Report on sanitation, dispensaries, and jails in Rajputana for 1910, and on vaccination for the year 1910-1911 - 1910-1911
Year: 1910
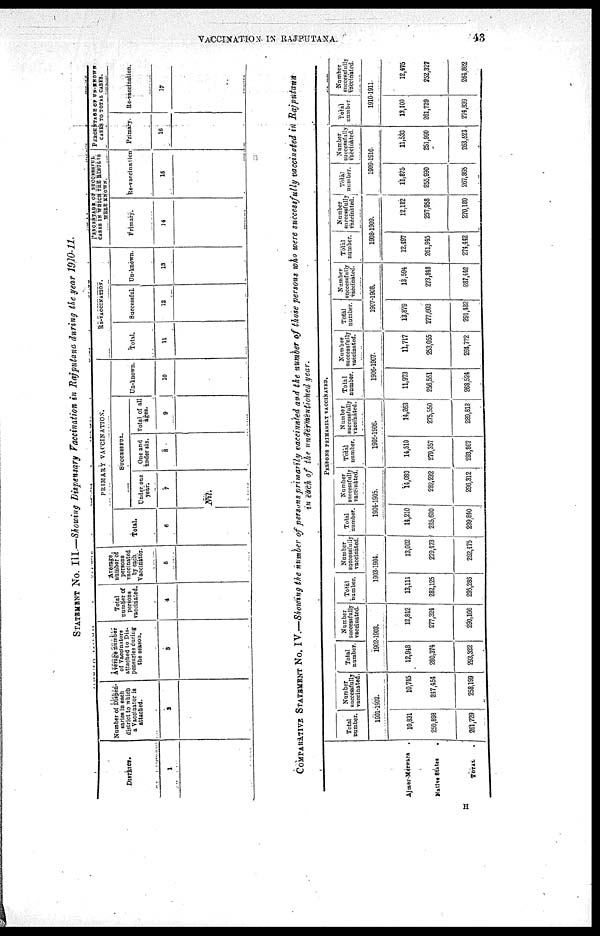
VACCINATION- IN RAJPUTANA.
43
STATEMENT No. III.—Showing Dispensary Vaccination in Rajputana during the year 1910-11.
DISTRICT.
1
Number of Dispen¬
sarles in each
district to which
a Vaccinator it
attached.
2
Average number
of Vaccinators
attached to Dis¬
pensaries during
the season.
3
Total
number of
persons
vaccinated.
4
Average.
number of
persons
vaccinated
by each
Vaccinator.
5
PRIMARY VACCINATION.
Total.
6
SUCCESSFUL.
Under one
year.
7
Nil.
One and
under six.
8
Total of all
ages.
9
Un-known.
10
RE-VACCINATION.
Total.
11
Successful.
12
Un-known.
13
PERCENTAGE OF SUCCESSFUL
CASES IN WHICH THE RESULT
WERE KNOWN.
Primary.
14
Re-vaccination
15
PERCENTAGE OF UN-KNOWN
CASES TO TOTAL CASES.
Primary.
16
Re-vaccination.
17
COMPATATIVE STATEMENT No. IV.—Showing the number of persons primarily vaccinated and the number of those persons who were successfully vaccinated in Rajputana
in each of the undermentioned year.
Ajmer-Merwara
Native States
TOTAL
PERSONS PRIMARILY VACCINATED.
Total
number.
Number
successfully
vaccinated.
1901-1902.
10,831
250,893
261,729
10,745
217,454
258,199
Total
number.
Number
successfully
vaccinated.
1902-1903.
12,948
280,374
293,322
12,842
277,324
290,166
Total
number.
Number
successfully
vaccinated.
1903-1904.
13,111
282,125
295,286
13,002
279,473
292,475
Total
number.
Number
successfully
vaccinated.
1904-1905.
14,210
285,630
299,840
14,089
282,232
296,312
Tolal
number.
Number
successfully
vaccinated.
1905-1906.
14,510
279,357
293,867
14,263
275,550
289,813
Total
number.
Number
succeasfully
vaccinated.
1906-1907.
11,973
256,551
268,524
11,717
253,055
264,772
Total
number.
Number
successfully
vaccinated.
1907-1908.
13,879
277,603
291,482
13,594
273,848
287,442
Total
number.
Number
successfully
vaccinated.
1908-1909.
12,497
261,945
274,442
12,182
257,958
270,180
Total
number.
Number
successfully
vaccinated.
1909-1910.
11,875
255,990
267,865
11,533
251,990
263.623,
Total
number
Number
successfully
vaccinated.
1910-1911.
15,100
261,739
274,839
12,475
252,327
261,802
H